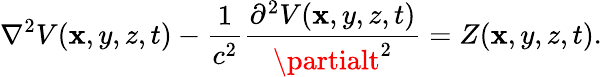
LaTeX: \nabla^{2}V(\mathbf{x},y,z,t)-\frac{{1}}{{c^{2}}}\frac{{\partial^{2}V(\mathbf{x},y,z,t)}}{{\partialt^{2}}}=Z(\mathbf{x},y,z,t).